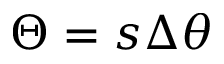
\Theta = s \Delta \theta